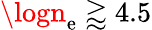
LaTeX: \logn_{\mathrm{e}}\gtrapprox4.5